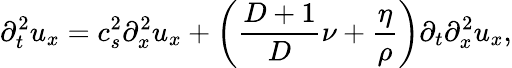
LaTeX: \partial_{t}^{2}u_{x}=c_{s}^{2}\partial_{x}^{2}u_{x}+\left(\frac{D+1}{D}\nu+\frac{\eta}{\rho}\right)\partial_{t}\partial_{x}^{2}u_{x},